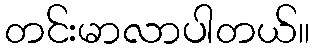
တင်းမာလာပါတယ်။